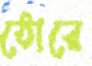
ঠোরে